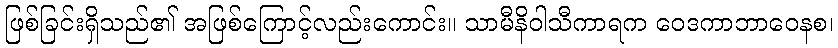
ဖြစ်ခြင်းရှိသည်၏ အဖြစ်ကြောင့်လည်းကောင်း။ သာမီနိဝါသီကာရက ဝေဒကာဘာဝေနစ၊